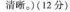
清晰。)(12分)